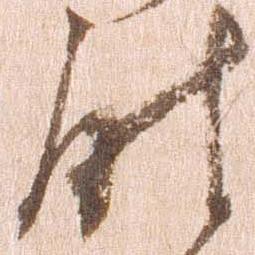
尉